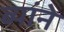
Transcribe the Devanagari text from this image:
ब्यांने